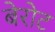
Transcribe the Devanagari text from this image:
बेरोट